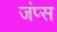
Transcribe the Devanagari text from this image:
जंप्स